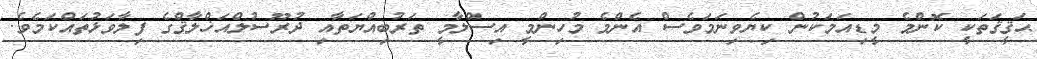
ޙަޤީޤަތަކީ ކޮންމެ މީޑިއަމަކުން ކިޔެވިނަމަވެސް އެންމެ މުހިންމީ އިސްލާމީ ތަރުބިއްޔަތާއި ދުރޫސުލްއަޚްލާޤްގެ ފިލާވަޅުތައްކަމެވެ.